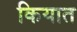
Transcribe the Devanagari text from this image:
कियात